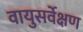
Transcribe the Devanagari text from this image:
वायुसर्वेक्षण